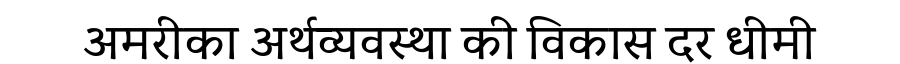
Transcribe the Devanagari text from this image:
अमरीका अर्थव्यवस्था की विकास दर धीमी